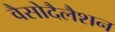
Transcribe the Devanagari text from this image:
वैसोदैलैशन